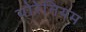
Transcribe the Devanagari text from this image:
थोरेनियम